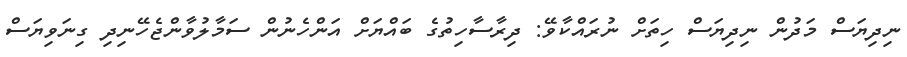
ނިދިޔަސް މަދުން ނިދިޔަސް ހިތަށް ނުރައްކާވޭ: ދިރާސާހިތުގެ ބައްޔަށް އަންހެނުން ސަމާލުވާންޖެހޭނިދި ގިނަވިޔަސް